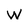
Character: W